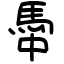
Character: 馽